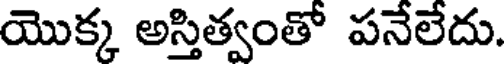
యొక్క అస్తిత్వంతో పనేలేదు.